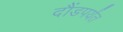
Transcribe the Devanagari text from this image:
दौंडपर्यंत